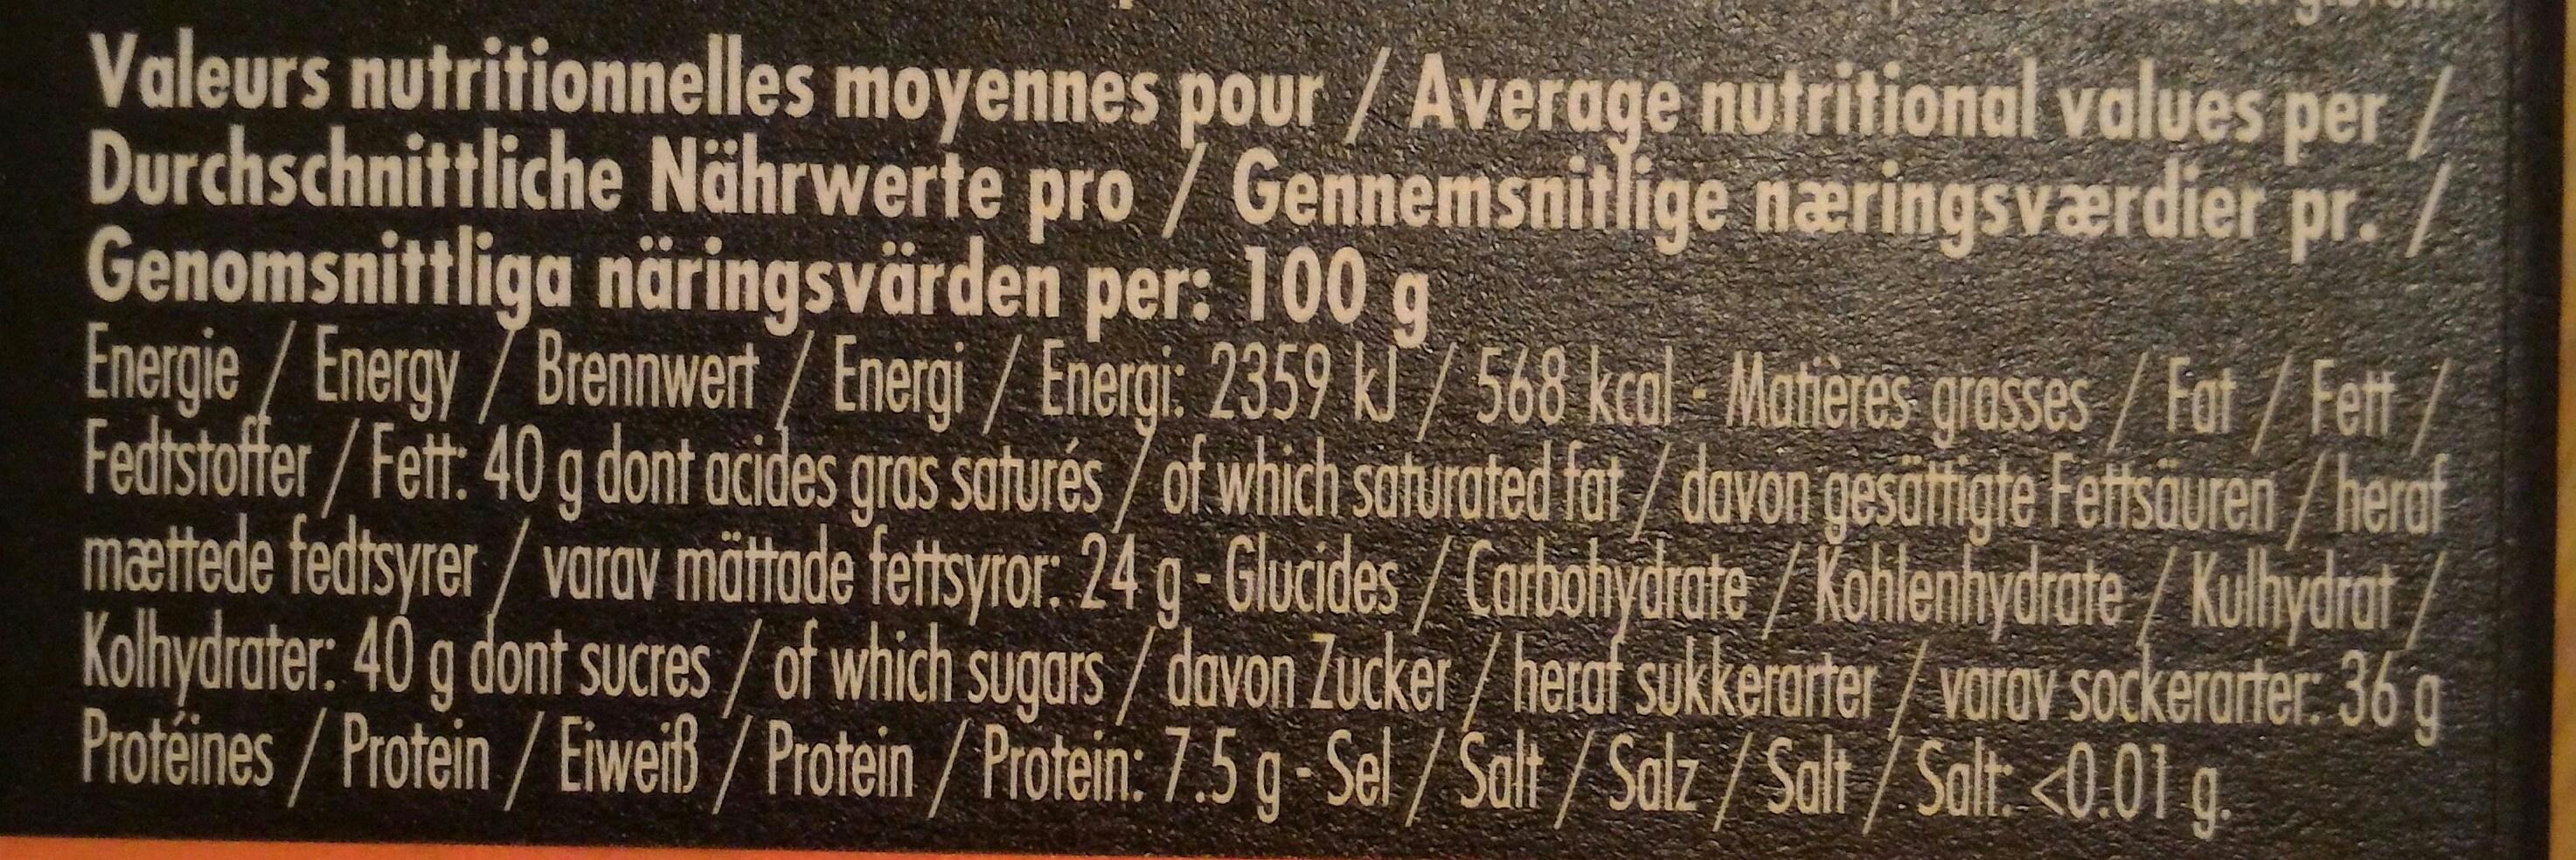
Valeurs nutritionnelles moyennes pour/ Average nutritional values per / Durchschnittliche Nährwerte pro / Gennemsnitlige næringsværdier pr. / Genomsnittliga näringsvärden per: 100 g /Energy/Brennwert / Energi / Energi: 2359 kJ / 568 kcal - Matières grasses/ Fat / Fet
Energie Fedtstoffer/Fett: 40 g dont acides gras saturés / of which saturated fat/davon gesattigte Fettsäuren/ heraf mættede fedtsyrer / vorav mättade fettsyror. 24 g- Glucides/Carbohydrate / Kohlenhydrate / Kulhydrat / Kolhydrater: 40 g dont sUCres / of which sugars /davon Zucker / heraf sukkerarter / varav sockerarter. 36 g Protéines/Protein/Eiweiß / Protein / Protein: 7.5 g-Sel / Salt / Salz / Salt / Salt. <0.01 g.